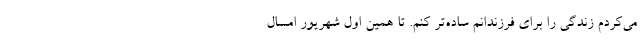
می‌کردم زندگی را برای فرزندانم ساده‌تر کنم. تا همین اول شهریور امسال